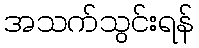
အသက်သွင်းရန်